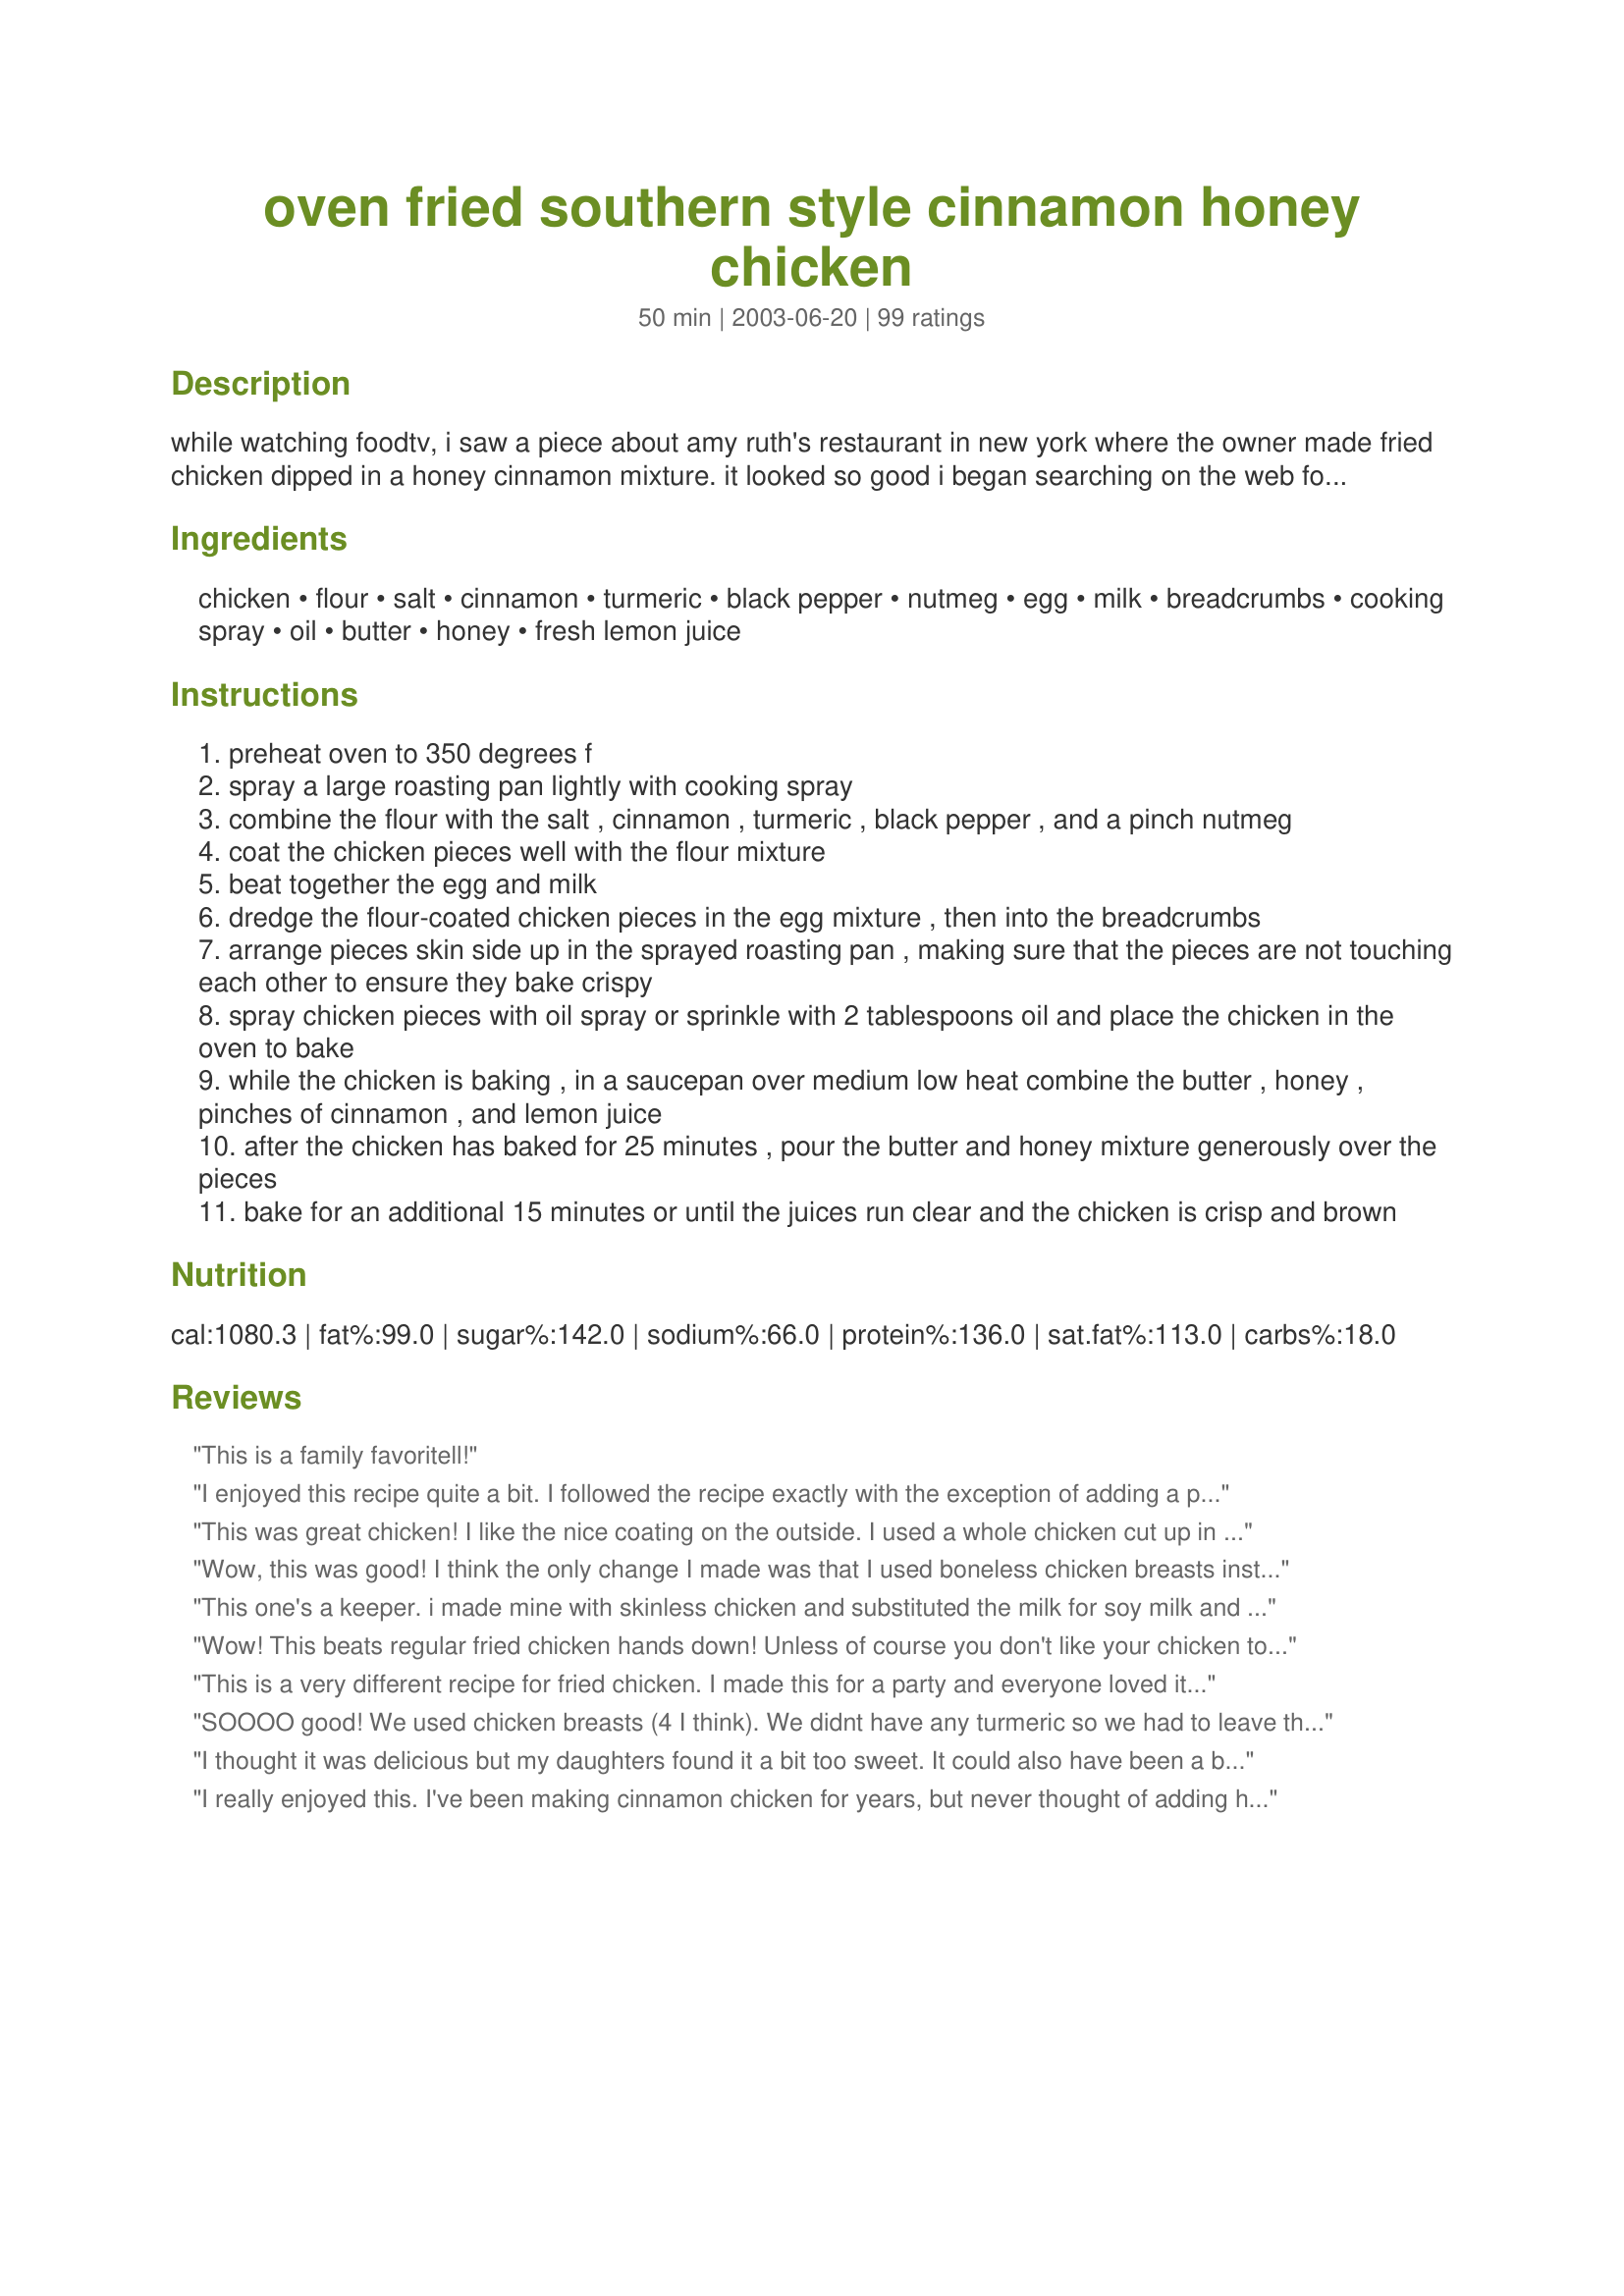
oven fried southern style cinnamon honey chicken
Preparation time: 50 minutes

while watching foodtv, i saw a piece about amy ruth's restaurant in new york where the owner made fried chicken dipped in a honey cinnamon mixture. it looked so good i began searching on the web for a recipe which approximated it... and after much browsing of webpages i put together a recipe that i thought might taste something like it. i don't fry my chicken, so here's a baked version, tweaked to my own tastes.

Ingredients:
chicken, flour, salt, cinnamon, turmeric, black pepper, nutmeg, egg, milk, breadcrumbs, cooking spray, oil, butter, honey, fresh lemon juice

Steps:
preheat oven to 350 degrees f
spray a large roasting pan lightly with cooking spray
combine the flour with the salt , cinnamon , turmeric , black pepper , and a pinch nutmeg
coat the chicken pieces well with the flour mixture
beat together the egg and milk
dredge the flour-coated chicken pieces in the egg mixture , then into the breadcrumbs
arrange pieces skin side up in the sprayed roasting pan , making sure that the pieces are not touching each other to ensure they bake crispy
spray chicken pieces with oil spray or sprinkle with 2 tablespoons oil and place the chicken in the oven to bake
while the chicken is baking , in a saucepan over medium low heat combine the butter , honey , pinches of cinnamon , and lemon juice
after the chicken has baked for 25 minutes , pour the butter and honey mixture generously over the pieces
bake for an additional 15 minutes or until the juices run clear and the chicken is crisp and brown

Reviews:
This is a family favoritell!
I enjoyed this recipe quite a bit. I followed the recipe exactly with the exception of adding a pinch of cayenne pepper and a pinch of crushed red pepper flakes to the honey glaze (which I don't think affected it at all, or at least not to the degree I would've preferred). I thought this recipe was good, although I felt the honey and butter glaze was a bit much for me. It's like you kind of get sick of it after a bit just because it's SOOOOOO sweet. Although I thought the microwaved left overs the next day were better, perhaps the flavors had settled or something? This recipe is good enough to make again, but it wasn't GREAT.
This was great chicken! I like the nice coating on the outside. I used a whole chicken cut up in quarters. I left the skin on the leg quarters for me and took the skin off the breasts for my husband. They were perfectly cooked and tasted mildly sweet. Very nice and easy recipe!
Wow, this was good! I think the only change I made was that I used boneless chicken breasts instead of chicken pieces. Hubby told me that it was probably the best tasting chicken he has EVER had. This one is definitely a keeper! I was surprised with how juicy the chicken was.
This one's a keeper. i made mine with skinless chicken and substituted the milk for soy milk and the butter for margarine. i also sprinkled more cinnamon after i coated it.The coating on this chicken is so crispy, it's hard to believe it's oven baked. When i saw some guests removing the skin, i had to explain to them that it wasn't skin but the coating!
i've made this dish more than once and i love the aroma it makes while baking. thanks!
Wow! This beats regular fried chicken hands down! Unless of course you don't like your chicken to be sweet. I remember as a kid I use to use honey as a dip (instead of bbq or sweet & sour) - this took care of that for me, and in addition to the other ingredients made it a recipe to keep handy!
This is a very different recipe for fried chicken. I made this for a party and everyone loved it. I should have doubled the recipe as it was gone within the first 20 minutes!!
SOOOO good! We used chicken breasts (4 I think). We didnt have any turmeric so we had to leave that out and we only had italian breadcrumbs but everything came out so tasty. We have 4 boys with 2 picky ones in the bunch and they all loved it. Thanks Julesong!
I thought it was delicious but my daughters found it a bit too sweet. It could also have been a bit crispier but the sugary sauce around the chicken was burning so I couldn't leave it as long as I would have liked. As I am the chef in this kitchen, I shall definitely be cooking this again, although I'll probably use less honey to suit my daughters. Thanks Julesong :)
I really enjoyed this. I've been making cinnamon chicken for years, but never thought of adding honey. I did add a little cayenne. Next time I will add more. Maybe a little bourbon/whiskey to the sauce too. I think it needed a little more "kick" with the sweetness of the honey. Thanks for the recipe.
This chicken was good, but a little too sweet for me and my husband's taste. The texture and crispiness was good - I put it under the broiler at the end for more browning.
Not your typical boring fried chicken by any means. Wow! I didn't have honey so I used maple syrup. Yum!
I LOVE this chicken! I've used this recipe at least twice since I found it, lol. I followed the recipe as is, except I used 3-4 large chicken breasts and it still comes out great.
This recipe created an amazingly good chicken, quite the change from the regular 'savory' oven fried recipes. I loved the addition of the cinnamon and honey, it added a nice sweetness, without being overbearing. I used chicken thighs, and doubled the amount of the egg bath, just to make sure I had enough for all the pieces. The rest of the recipe was made as written. I was thinking that next time I might add a 1/4 cup or so of ground pecans to the bread crumb mixture, I think the extra richness of the nuts would go well with the honey coating. This was a wonderful main dish, one I plan to keep in my family favorite recipe box to enjoy again and again. Thanks for posting it!
Just ok. I made with boneless skinless chicken breasts. The turmeric is too overpowering. I think this recipe would be better made as a fried chicken.
We had this a couple of weeks ago and it was really good, but on the sweet side, but not too sweet. The flavor was great and we really liked it! I am going to make this with some fried rice next time we have it so we can mix the sauce in with the rice. Mike
Made this for DH last evening - first "excellent" I've gotten in ages - will definitely be making this again - next time I'm going to add the red pepper flakes to give it a bit of kick - the chicken was very moist and oh so tasty, followed the recipe exactly as written. Thank you Julesong for posting.
Everyone in my family was crazy about it. I thought it was O.K. A little too sweet for me. I think I will try just chicken breast next time. Possibly because I used a whole cut-up chicken it didn't excite me b/c I usually only eat chicken breast.
This was ok... I really think that it would have been a whole lot better if I had used boneless/skinless chicken breasts. I used split bone-in w/ skin chicken breasts. The part of the skin I did eat did have a good flavor. Thanks for sharing! I will update when I try it with the boneless/skinless breasts...
This is very good. I didn't add in the nutmeg or the breadcrumbs, but otherwise followed the recipe.
Delicious! I didn't have much luck with the bread crumbs sticking to the flour though. I think next time I'll add it directly to the flour mixture.
Delicious! I used boneless skinless chicken breasts, buttermilk instead of regular and sourdough breadcrumbs. I only made half the amount of sauce and that was more than enough to cover the chicken. I loved it and it was easy too! Thank you!
This is so good! My family gobbled it up, even asking for seconds. My son told me to make sure this recipe was saved and my hubby asked me to be sure to make it again. What a winner, Julesong!
Very easy and delicious. I made it with boneless chicken breasts on a nonstick baking pan and sprayed with Pam as suggested. After 15 minutes,I poured on the sauce. It was tender and not dry. Will make this again.
Definitely good chicken. Used 3 chicken thighs and 3 legs. Cooked on 375 and it was done in the time specified.
This is a recipe I will be repeating. I used boneless thighs, which I dry brined about 24 hours before cooking. First time brining and was pleasantly surprised at the results. As another reviewer stated the amount of breadcrumbs in the recipe is not enough. Also, next time I will save some of the sauce to pour over chicken before serving.
pretty tasty. Great alternative to frying!
I usually think it is a pain to make chicken this way but this was completely worth it. I tried it as written and loved it but I think next time I will try it with the pepper for some heat I think that will work well with this recipe.
I have made this twice now, we love it! I made it with boneless skinless breasts baked at 350 F for 30 minutes, then 20 minutes after the applying the sauce. Thanks!
I made this for a dinner party and it was not only easy but tasted fabulous. DH told me several times this is a "favorite". I just cut up a store-bought fryer chicken and threw in a couple of extra chicken breasts to make sure there was enough. Doubled the dipping stuff as well. Didn't have "good quality" cinnamon - just some generic store brand but it still turned out wonderful. Thank you!
Loved the idea but it did not deliver. Both our plates ended up in the trash. :(
We LOVED this! The only thing I changed was that we made it with 2 very large boneless, skinless breasts (that's the chicken we always have on hand) and we used Panko crumbs to keep it light and airy. It was SO juicy! I cut a piece of the breast to make sure it was cooked all the way through, and juice actually squirted up and hit my shirt! We loved this so much that the chicken part of the recipe will become our staple "oven-fried" chicken recipe. The meat was tender and juicy, and the outside was golden and crunchy. PERFECT!
This was so good! It didn't really taste anything like I thought it would taste but my husband and I loved it. We made this with 3 boneless skinless breasts, which we filleted. We skipped the turmeric and we halved the sauce. Thank you for sharing this recipe!
I liked this and it is now my young daughter's favorite. My husband thought it was too sweet. I also had to double the sauce. It is definitely better tasting the next day! I will make it again, but I will probably try with chicken breast only.
YUM! I put just a pinch of cayenne which didn't make it hot at all, just gave a bit of flavor. Great recipe! We'll be making this again!
My fiance is still raving about it three days later!!! It was great!
This was a tasty, fairly simple treat!! We loved the sweet paired with the spice (and added a little red pepper to boot).
This was excellent! I used 3 huge skinless, boneless breasts. They were tender and juicy. I followed the recipe but found that I needed more bread crumbs than is called for to coat the chicken thoroughly. Good job, Julesong!
this is sooooo delicious! my hubby and kids love it also so it is a big hit in our house. i was watching little house on the prairie and they were eating cinnamon chicken and i looked up a recipe and this one is the best!! thanks
oh oh oh!! This was just soo yummy! DH devoured it! I didn't change a thing. The flavors were just perfect!
Both DH & I really enjoyed this. Very tasty, and easy. He said it was like a chicken Baklava. How can you go wrong with that? Thank you very much for sharing this recipe.
it is very good, but a little sweet.
I found this recipe about a year ago and have made it several times. It is amazing!!! I typically used store bought bread crumbs (mostly because i&#039;m lazy) and once when I made it I was out so I used stove top mixture (I smashed it up a bit in a baggy) and it was super yummy too!!! Thanks so much for creating and posting!!! (my whole family loves it too)
Yum..Sweet and Juicy. A hit with my very picky BF!!!
It was okey for me but my kids did not finish it as they found it too sweet for their taste. Sorry maybe a matter of personal taste.
Made this twice now. Wonderful! My husband loves it and is eager for a repeat. Cut up chicken breasts into "tenders" and marinated for (oops) a few days. Cooked for about 35 minutes and it was plenty done.
This recipe was amazing! I used half chicken breast and half portobello mushrooms for my vegetarian sister and they were each equally delicious. I also added a little bit of spicy bbq sauce and a splash of liquid smoke to the honey sauce to make it a touch more southern and it was amazing:) definitely worth the effort yummmm:)
I actually used rice crispies instead of bread crumbs and baked the leg quarters a bit longer than the recipe called for, but still could not get the chicken crispy. I also did not add the tumeric, because I didn't have it on hand, but the flavor was great; we enjoyed the sweetness. It was something different and very easy to prepare.
I altered the recipe to create a veggie alternative: tofu slices instead of chicken, soy milk and no eggs (I used a drop of lemon juice to make it sticky). The results were delicious! The seasoning crisped up perfectly and the sauce helped marinate the tofu while it cooked and was so good on top I wished I'd made more! It's always nice to find meat recipes that can be adapted as well as this one!
I don't know what i might of done wrong with this...but it just was not all that great. I thought after all the great reviews it had to be a winner. DH sad it was bland. I have to agree with him on that. We both loved the sauce and the coating, but the chicken itself was bland with no flavor. We just picked at the coating and the sauce. The chicken was moist though. It just had no flavor at all.
My sister and I made this together and thought it was fantastic. It was a unique flavor, but very delicious! The sauce is the icing on the cake :)
good flavor but mine turned out soggy
Delicious tasting chicken dish. I used skin on, bone in chicken thighs, finger lickin good!
Thanks for posting an easy tasty recipe Julesong.
I made this for a potluck dinner. I doubled the recipe, using bone-in thighs. Needed a bit extra of the egg wash, but otherwise I made it just as written. The house smelled great while it was baking. This was the first main dish to be emptied at the potluck, and people kept coming back for more, and asking for the recipe. I will definitely make this again and again and again.
This turned out perfect. I made no changes to the recipe at all. The chicken was nice and tender. I will say that you must like sweet foods to enjoy this, and since I love sweet foods, it was great. I plan to make this often, regardless of the fat content.Lol ;p thanks for the recipe Julesong!
I have never attempted to make a sweet flavored chicken before and wasn't sure my family would even like it. They loved it!
Very good. I was skeptical but it turned out moist with a nice flavor. We'll make this again. Thanks for sharing.
I used skinless bone in thighs. Didn't have any tumeric and I substituted crushed croutons on top before serving instead of the bread crumbs. Yummy!
This is REALLY good. So much more than I expected. Had all the ingredients on hand. Taste like alot of work went into it, and really comes out crispy but not greasy. Will definitely be making this often.
This was even better than I was expecting. I loved the sauce and the smell as it baked was wonderful. I used 3 large chicken breasts and it worked fine.
This was amazing!!!! For some reason I did not have nutmeg in the house so I added ground cloves. Also I don't mix milk & meat so I used soy milk. A trick I learned from watching Rachel Rae is to mix the oil in with the bread crumbs before breading the chicken. It mean rather than oily chicken it is evenly spread throughout. I also used cayenne pepper in the flower & sauce. I will make this again. THX!!!!!
Yummy chicken. I followed the directions exactly and I'm glad I did. It tasted great the night I made it but as a few people mentioned, it tasted even better the next day. My teenage son ate it but didn't like it, although I have to say he doesn't like a lot of stuff (very picky). I will be making it again for my hubby and I when DS is out with friends.
Both DH and DS voted 5 stars for this yummy dish. I made it exactly as stated, except used cornflake crumbs unstead of breadcrumbs and found I needed about 1/2 a cup. I sprayed the chicken with olive oil just before popping it into the oven. I served some of the sauce over the cooked chicken and the remainder over the accompanying basmati rice. I used skin-off, bone-in, juicy, tender 'Lovely Legs'. The chicken was crisp and brown outside and moist and tender inside. Thanks for sharing a great recipe.
This was a great way to bake chicken and get the crispiness that a lot of times you lose when breading and baking meat. We liked the sweetness, and found this dish to be a nice departure from plain old baked chicken. This recipe doesn't take a long time to make, which is also nice. I used crushed corn flakes, as I didn't have bread crumbs and didn't feel like making them, and served with rice (which I cooked in chicken broth with some garllic and spices) and peas.
This tasted great! It is only getting 4 stars because it took a lot of effort and it wasnt very healthy. But, overall a great recipe! Thanks so much!!
My whole family loved this chicken...ages 5 and up. Thanks for sharing.
Very good recipe. I used chicken tenderloins, so it took a little more prep time and egg-milk mixture. I didn't have breadcrumbs, so I used crushed up honey-nut cheerios.
I&#039;ve made this for my friends and family twice now and everyone loved it. My girlfriends all asked for the recipe and my aunts asked me to make it for the family holiday gatherings. &lt;br/&gt;It&#039;s definitely a recipe I will continue to use &amp;&amp; share :)
sorry this didn't work for me, we felt it was more of a dessert than viand. It came out way too sweet for our taste. We enjoyed "recipe#312081" better yesterday. nothing personal.
This was outstanding chicken. The honey cinnamon mixture is so delicious. I had to make a few alterations that worked out quite well: I used skinless boneless chicken breast halves, adjusting the temp and time to 400F and about 30 minutes to accomodate this change. I also only used 1/2 stick of butter instead of the full 1/2 cup, this was by mistake..but the result was still delicious. I measured my salt to taste.
Absolutely delicious, tender chicken that is crunchy on the outside and juicy on the inside. I have made this recipe several times just for me, using one boneless, skinless chicken breast. I always halve the flour but add the other spices as directed, which makes for a more flavorful coating for the chicken. I also halve the recipe for the sauce, and always toss in an extra squirt or two of lemon juice to counteract the sweetness. Other than that I always follow the instructions exactly, which are right on the money with respect to baking time. The chicken is never overdone or undercooked. Overall an extremely easy recipe that has become one of my standards! I usually serve with rosemary potatoes (I just toss some sliced potatoes in a skillet with some onions, and sprinkle with salt, pepper, and rosemary)--the combination of sweet and salty is perfect. Thanks for a winner!
This was off the charts as my husband filled his mouth! Everyone loved this and it was really easy. I used boneless skinless breast and cooked for 35 minutes and they came out crunchy and sweet. Thank you for posting such a yummy dinner item.
Wow, this was awesome! I could not stop eating it. I did make a couple of minor substitutions, one was that I did not have turmeric so I skipped it. Another was that I did not have dried breadcrumbs, so I used crushed rice krispies as a substitute. I did find that 1/3 cup (measured after they were crushed) wasn't enough to coat 8 pieces of chicken tho, I ended up using about 1 1/3 cups. Also I ended up baking the chicken for 35 mins before adding the honey mixture and baking again for 15 mins. (I just wanted to make sure it would be done.) I think next time I will just add the extra time to the 2nd leg of cooking to end up with crispier chicken. (one note, I did find that the chicken that sat for 10-15 mins on the pan while we ate our 1st helping turned out better since the syrup had time to cool and solidify, making an ooey gooey goodness on the outside of the chicken.) Thanks for an awesome recipe!
When I first saw this recipe, I couldn't imagine how cinnamon would taste with chicken...but being curious, I had to try it. Wow, I'm glad I did. I made the recipe exactly as stated and must say it was absolutely delicious. The recipe was very easy to prepare and I liked the short cook time. My husband ate three pieces of chicken and a couple hours later, went back looking for more. He said it was even better then. My son loved it, and if I can please those two with a recipe, then it's a hit. Thanks for a great recipe!
Tasty! Hot or cold, this tastes delicious. (I keep wanting more hours after the meal.) I made this last night and my husband said "nice change", then after eating seconds he said "you can keep this recipe." We had to test it for leftovers, and we liked it that way too. Cold you taste more of the honey, warm the cinnamon; both ways are delicious. I made it with boneless skinless breasts baked at 350 F for 20-30 minutes... so juicy and tender! Thanks for sharing this keeper. :)
I had really hoped to give this a higher mark. It was too sweet; perhaps I should&#039;ve not used as much honey as the recipe calls for ??? I did use the suggestion to add crushed red peppers but the sweetness was too overpowering. I only had chicken tenders (fingers) so I&#039;m not sure if that had something to do with how it tasted or not. It&#039;s an &quot;okay&quot; recipe but I doubt this will be on our go-to in the near future.
this is my new favorite meal to cook! by far THE BEST!
This was one good recipe! Thank you! Our family devoured all of it. None for leftovers :-( Hmm...going to definately make more! Thanks a ton! LA :-)
I had really high hopes for this dish, but it was just ok. I don't think I added enough cinnamon. I also didn't have nutmeg- I'm sure that made the difference. I may try it again in the future, with all the required ingredients! I do like how it got golden brown- it looked great!
I made up this recipe using chicken wings. I halved the recipe and made 2 lbs. of wings. We had leftovers and they were just as good as the first time around. These sweet flavorful wings are such a great combination of tastes, that we ate till we were about ready to pop! Thanks for sharing Jules! We will be making again sometime.
this was better than I even expected. I followed the recipe exactly (used skinless, bone-in breats). My husband loved it and that is really saying something! This will be a keeper for sure.
How fantastic! I used Chicken Breast Tenderloins, and only used 1 lb as there were only 3 of us for dinner. I also added Red Pepper Flakes to the sauce as suggested. I gave it about 10 extra minutes in the oven and it was perfect. We had this with Vegetables and Mashed Potato. I will definitely make this again- it was very easy and a quick weeknight meal to put together!
I will add my accolades to the others. I made this last night for the family I work for and they loved it! (I tasted it as well, and I will be making it this weekend for my husband as I am sure he will love it also) the flavour was gorgeous, and it was very tender, even the breastmeat. I did everything exactly as written except that I basted the chicken pieces with the honey mixture every 5 minutes or so during the last 20 minutes of cooking and I also cooked it at a slightly higher temperature. Thanks for a wonderful recipe!
We LOVE this recipe! I had never made any kind of fried (oven or otherwise) chicken, and we were greatly surprised when this turned out so well. I love the sweetness and flavor that's added-it reminds me of the chicken nuggets and honey I used to eat as a kid, but dressed up for adults!
My son hates cinnamon, my husband is just OK with it in small amounts, and I was initially concerned that the cinnamon would be too strong BUT son & husband both really liked this, I think the honey sauce must soften it down a bit. Next time, will make extra sauce to pour on before serving as well. Used skinless, boneless breast and servied with mashed potatoes and creamed spinach - all went together really well.
Loved loved loved!
Delicious! I'm so glad I finally got around to making this recipe because it is so tasty! The chicken is tender, moist and very flavorful. Very easy to prepare. I will indefinitely be making this again in the near future, Julesong. Thank you so much for posting!
As the chicken was baking, I sipped at the honey mixture and knew right then that this recipe was going to be a bit hit. It really sings in the mouth. We are only two people here so I must cut down proportions. The great thing about this recipe is that it can be altered to the taste buds. Thanks for posting!
I am surprised I'm not giving this 5 stars...this really seems right up my alley! But--I don't know--I thought the end result was a bit...bland. I followed the recipe exactly, but it just could have used a little kick of something. I don't know. It might just be me. But thank you anyway for the recipe!
Awesome. Everyone in my family and the two families I shared with loved it.
I stuck with the recipe exactly used used different types of chicken and liken the skinless the best. Thank you.
This is such a yummy recipe! It even tastes good as leftovers.
Sorry! My husband and I really didn't care for this recipe! The chicken was good. The sauce was good. Together.....I dunno. I like my chicken salty and crispy and I like my honey butter on biscuits on the side. Still, really glad I tried it!
Fabulous! I used 4 chicken breasts with bones, skin removed. Needed a bit more breadcrumbs to cover but overall the coating was perfect, just the right amount and texture, savory with a touch of sweetness. Perfect family friendly recipe. I'd also like to try making chicken tenders this way for the kids. Thanks, Julesong, for a super recipe!
This was quite good. The chicken was crispy just like fried chicken but without the mess! Instead of brushing the crumbs with oil before baking, I used a small amount of melted butter. I baked for 45 mins and then poured the sauce over and baked for another 15 mins. It was perfectly juicy. I rather liked the unique combination of the sweet and savory. I can understand why some may have found it too sweet, but I wonder if there's a way to increase the savory just a bit. I think next time I might add a tsp of salt to the sauce. That might be just enough to tone down the sweet. I liked it and will be making it again. Thanks!
This is just so good! My husband after trying it out a week ago requested for it again this week. It tastes like as if it was fried even if it's baked. It's also sweet and just right. 
I used 2 kilos of chicken for this and doubled the rest of the recipe to make sure the chicken's totally coated. I ended up using 3 eggs though and didn't use nutmeg since I didn't have any at hand.
Still it's great, and this is one of the chicken recipes I'll be making again and again! Thanks for sharing this wonderful recipe!
This was very good. I had large thigh and leg pieces; and they did touch some, so the chicken didn't get as crispy as I would have liked. But that's my fault, so this still gets five stars! I baked it for 30 minutes before pouring on the sauce and 30 minutes afterward because the pieces were so huge. The meat was moist and delicious and the sauce was wonderful with the lemon juice! I'm looking forward to trying this again with smaller chicken pieces. Thank you for a nice recipe!
I was leary about trying these, as I thought the flavors should not and would not go together. Boy was I wrong. Delicious. I loved this, as did my family. I plan on bringing this chicken to all our family gatherings this summer. Thank you so much for this great, fun recipe.....Stephanie
Excellent recipe for "Fried Chicken". Made this for the first time last night for my family. Followed the directions to a "T" Came out crispy, tender and juicy. The honey and cinnamon added a unique taste that my kids and wife really enjoyed. My youngest daughter even called her friends to brag about how good the chicken was that her Dad made. A definate keeper.
I am a vegetarian, but made this for my boyfriend. I try recipes out on him all the time and he LOVED this one. Told me to make sure that I made it again. I made the recipe as directed (on a smaller scale) and would not change a thing. Thanks for posting.
